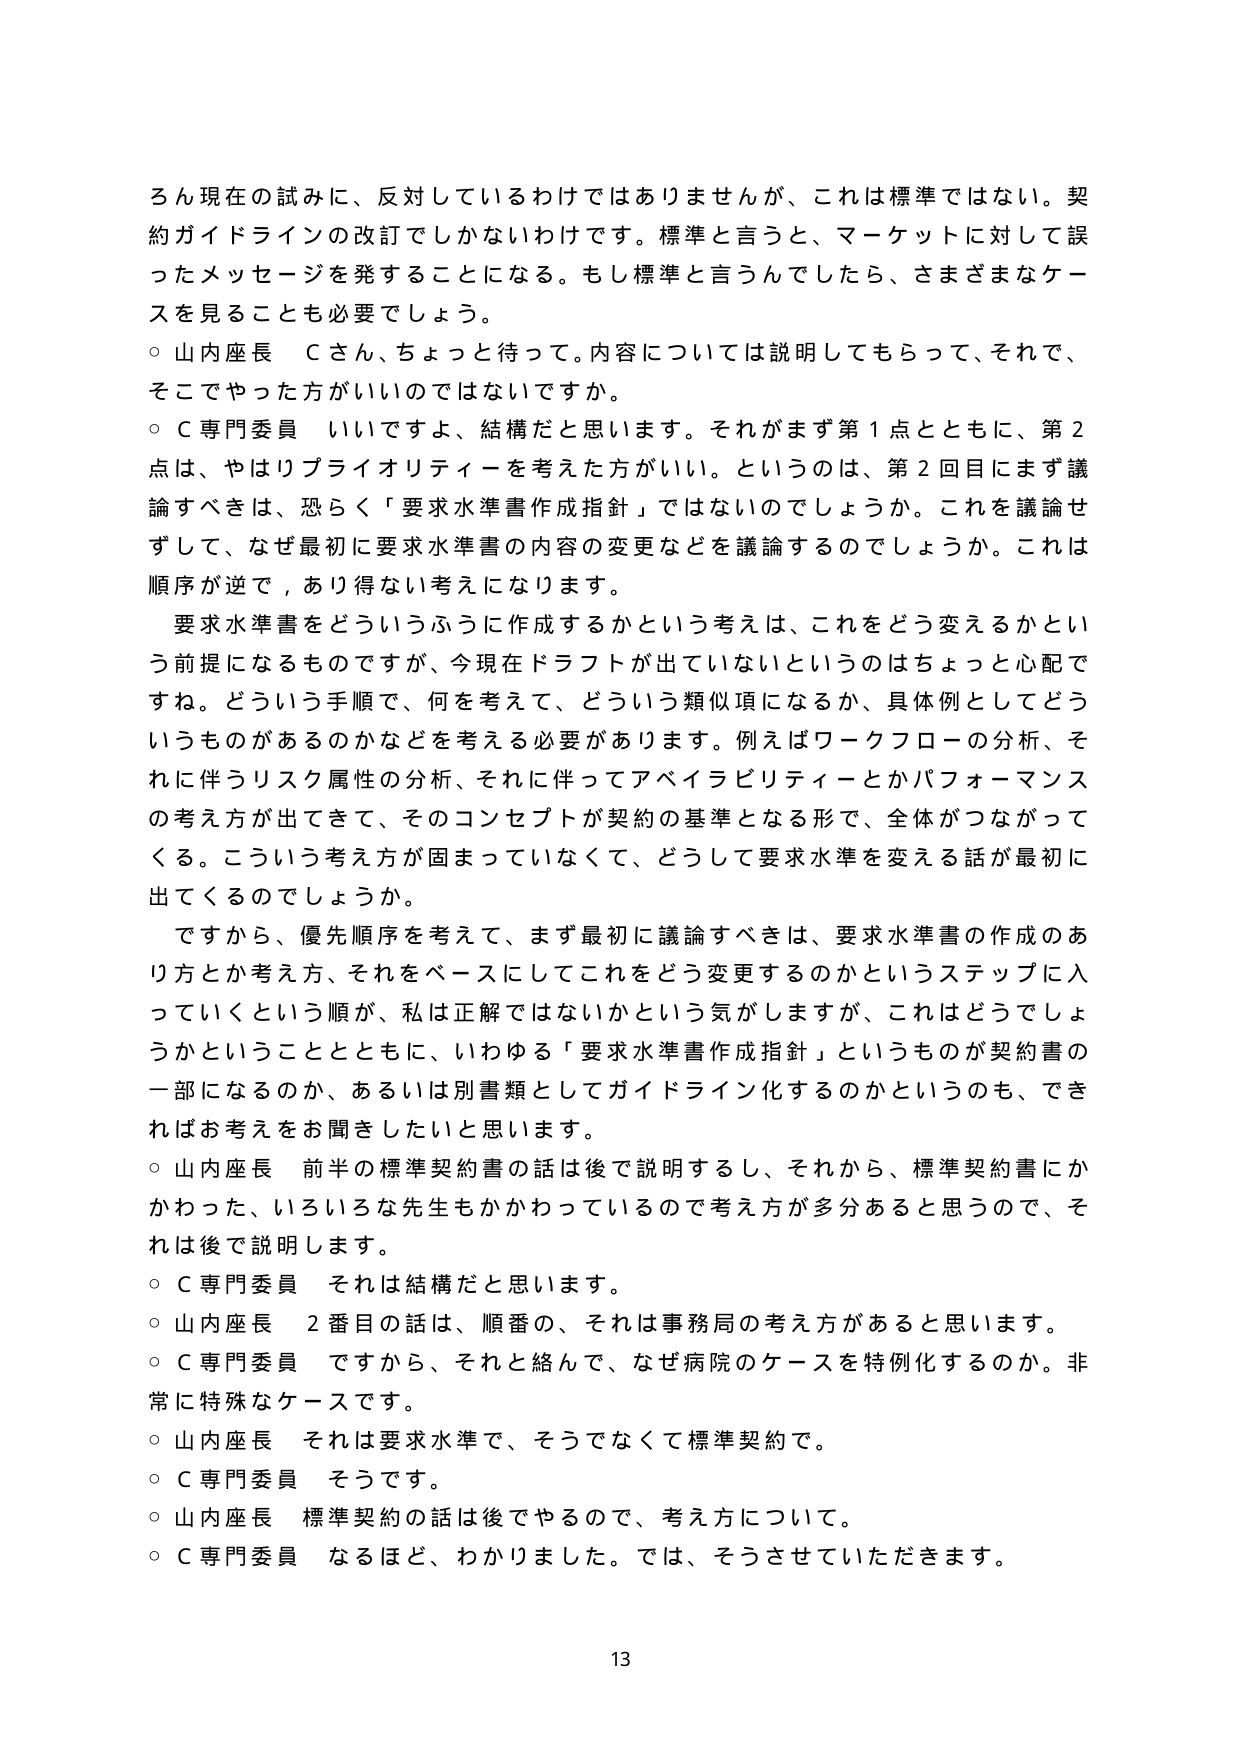
ろん現在の試みに、反対しているわけではありませんが、これは標準ではない。契約ガイドラインの改訂でしかないわけです。標準と言うと、マーケットに対して誤ったメッセージを発することになる。もし標準と言うんでしたら、さまざまなケースを見ることも必要でしょう。

○ 山内座長　Ｃさん、ちょっと待って。内容については説明してもらって、それで、そこでやった方がいいのではないでしょうか。

○ Ｃ専門委員　いいですよ、結構だと思います。それがまず第１点とともに、第２点は、やはりプライオリティ－を考えた方がいい。というのは、第２回目にまず議論すべきは、恐らく「要求水準書作成指針」ではないのでしょうか。これを議論せずして、なぜ最初に要求水準書の内容の変更などを議論するのでしょうか。これは順序が逆で、あり得ない考えになります。

要求水準書をどういうふうに作成するかという考えは、これをどう変えるかという前提になるものですが、今現在ドラフトが出ていないというのはちょっと心配ですね。どういう手順で、何を考えて、どういう類似項になるか、具体例としてどういうものがあるのかなどを考える必要があります。例えばワークフローの分析、それに伴うリスク属性の分析、それに伴ってアベイラビリティ－とかパフォーマンスの考え方が出てきて、そのコンセプトが契約の基準となる形で、全体がつながってくる。こういう考え方が固まっていなくて、どうして要求水準を変える話が最初に出てくるのでしょうか。

ですから、優先順序を考えて、まず最初に議論すべきは、要求水準書の作成のあり方とか考え方、それをベースにしてこれをどう変更するのかというステップに入っていくという順が、私は正解ではないかという気がしますが、これはどうでしょうかということとともに、いわゆる「要求水準書作成指針」というものが契約書の一部になるのか、あるいは別書類としてガイドライン化するのかというのも、できればお考えをお聞きしたいと思います。

○ 山内座長　前半の標準契約書の話は後で説明するし、それから、標準契約書にかかわった、いろいろな先生もかかわっているので考え方が多あると思うので、それは後で説明します。

○ Ｃ専門委員　それは結構だと思います。

○ 山内座長　２番目の話は、順番の、それは事務局の考え方があると思います。

○ Ｃ専門委員　ですから、それと絡んで、なぜ病院のケースを特例化するのか。非常に特殊なケースです。

○ 山内座長　それは要求水準で、そうでなくて標準契約で。

○ Ｃ専門委員　そうです。

○ 山内座長　標準契約の話は後でやるので、考え方について。

○ Ｃ専門委員　なるほど、わかりました。では、そうさせていただきます。

13